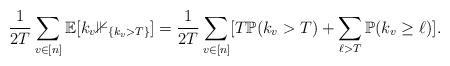
LaTeX: \begin{align*}\frac{1}{2T}\sum_{v\in [n]}^{}\mathbb{E}[k_v\mathbb{1}_{\{k_v>T \}}]&=\frac{1}{2T}\sum_{v\in [n]}^{}[T\mathbb{P}(k_v>T)+\sum_{\ell >T}^{}\mathbb{P}(k_v\geq \ell)].\end{align*}